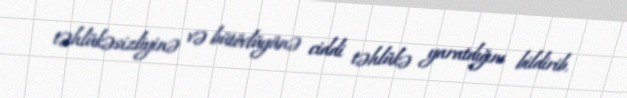
təhlükəsizliyinə və bütövlüyünə ciddi təhlükə yaratdığını bildirib.